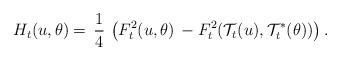
LaTeX: \begin{align*}H_t(u,\theta)& =\,\frac{1}{4}\,\left(F^2_t (u,\theta)\,-F^2_t(\mathcal{T}_t(u),\mathcal{T}^*_t (\theta))\right).\end{align*}